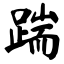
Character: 踹